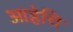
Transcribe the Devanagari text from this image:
आहेचि